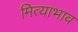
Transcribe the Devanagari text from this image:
मित्याभाव